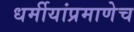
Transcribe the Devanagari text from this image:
धर्मीयांप्रमाणेच